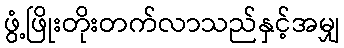
ဖွံ့ဖြိုးတိုးတက်လာသည်နှင့်အမျှ